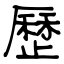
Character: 歷